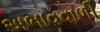
અભાવવાળી